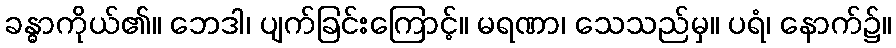
ခန္ဓာကိုယ်၏။ ဘေဒါ၊ ပျက်ခြင်းကြောင့်။ မရဏာ၊ သေသည်မှ။ ပရံ၊ နောက်၌။